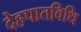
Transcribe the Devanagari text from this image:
देहपातविधि